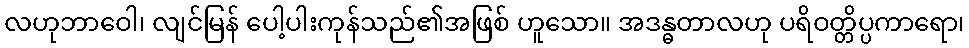
လဟုဘာဝေါ၊ လျင်မြန် ပေါ့ပါးကုန်သည်၏အဖြစ် ဟူသော။ အဒန္ဓတာလဟု ပရိဝတ္တိပ္ပကာရော၊